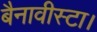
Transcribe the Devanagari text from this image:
बैनावीस्टा।